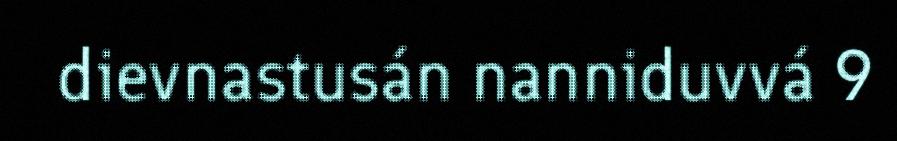
dievnastusán nanniduvvá 9